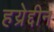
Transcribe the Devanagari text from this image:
हय्रेद्दीन